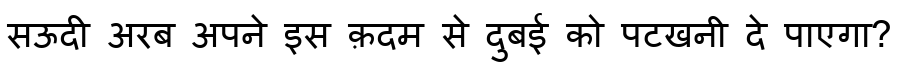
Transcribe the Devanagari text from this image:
सऊदी अरब अपने इस क़दम से दुबई को पटखनी दे पाएगा?